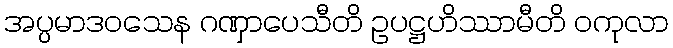
အပ္ပမာဒဝသေန ဂဏှာပေသီတိ ဥပဋ္ဌဟိဿာမီတိ ဝကုလာ